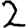
Digit: 2